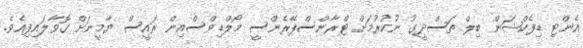
އެންޓި ޑިފެކްޝަން ބިލް ތަސްދީގު ނުކުރުމަށް ޓްރާންސްޕޭރެންސީ މޯލްޑިވްސްއިން ރައީސް ޔާމީނަށް ގޮވާލައިފިއެވެ.